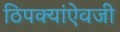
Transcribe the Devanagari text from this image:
ठिपक्यांऐवजी